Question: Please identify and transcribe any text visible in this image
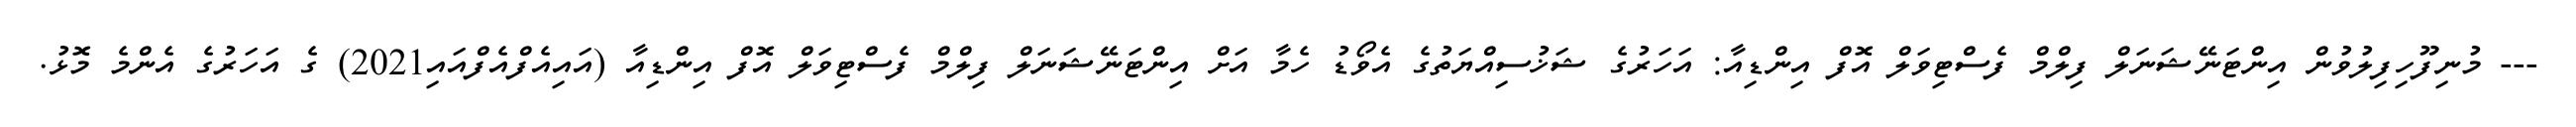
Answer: --- މުނިފޫހިފިލުވުން އިންޓަނޭޝަނަލް ފިލްމް ފެސްޓިވަލް އޮފް އިންޑިއާ: އަހަރުގެ ޝަޚުސިއްޔަތުގެ އެވޯޑު ހެމާ އަށް އިންޓަނޭޝަނަލް ފިލްމް ފެސްޓިވަލް އޮފް އިންޑިއާ (އައިއެފްއެފްއައި2021) ގެ އަހަރުގެ އެންމެ މޮޅު.